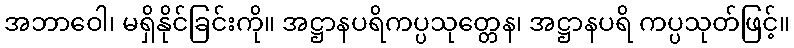
အဘာဝေါ၊ မရှိနိုင်ခြင်းကို။ အဋ္ဌာနပရိကပ္ပသုတ္တေန၊ အဋ္ဌာနပရိ ကပ္ပသုတ်ဖြင့်။